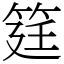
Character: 筳